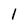
Character: 1